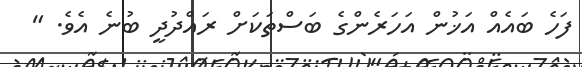
ފަހެ ބައެއް އަޚުން އަހަރެންގެ ބަސްތަކަށް ރައްދުދީ ބުނެ އެވެ. "